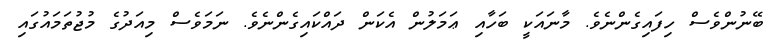
ބޭނުންވެސް ހިފައިގެންނެވެ. މާނައަކީ ބަހާއި ޢަމަލުން އެކަން ދައްކައިގެންނެވެ. ނަމަވެސް މިއަދުގެ މުޖުތަމައުގައި